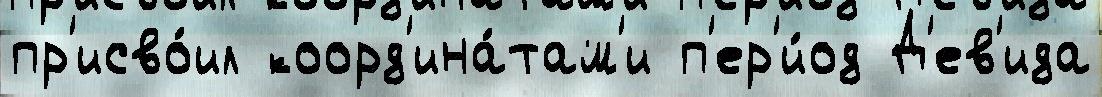
пр'исво́ил коорд'ина́там'и п'ер'и́од Д'ев'ида